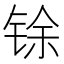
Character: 𮸋